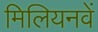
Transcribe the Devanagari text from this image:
मिलियनवें